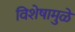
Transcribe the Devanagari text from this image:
विशेषामुळे